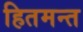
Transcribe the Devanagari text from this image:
हितमन्त